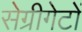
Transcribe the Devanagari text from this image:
सेग्रीगेटों